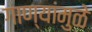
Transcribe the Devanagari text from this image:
गाण्यांमुळे